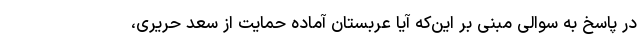
در پاسخ به سوالی مبنی بر این‌که آیا عربستان آماده حمایت از سعد حریری،